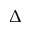
\Delta